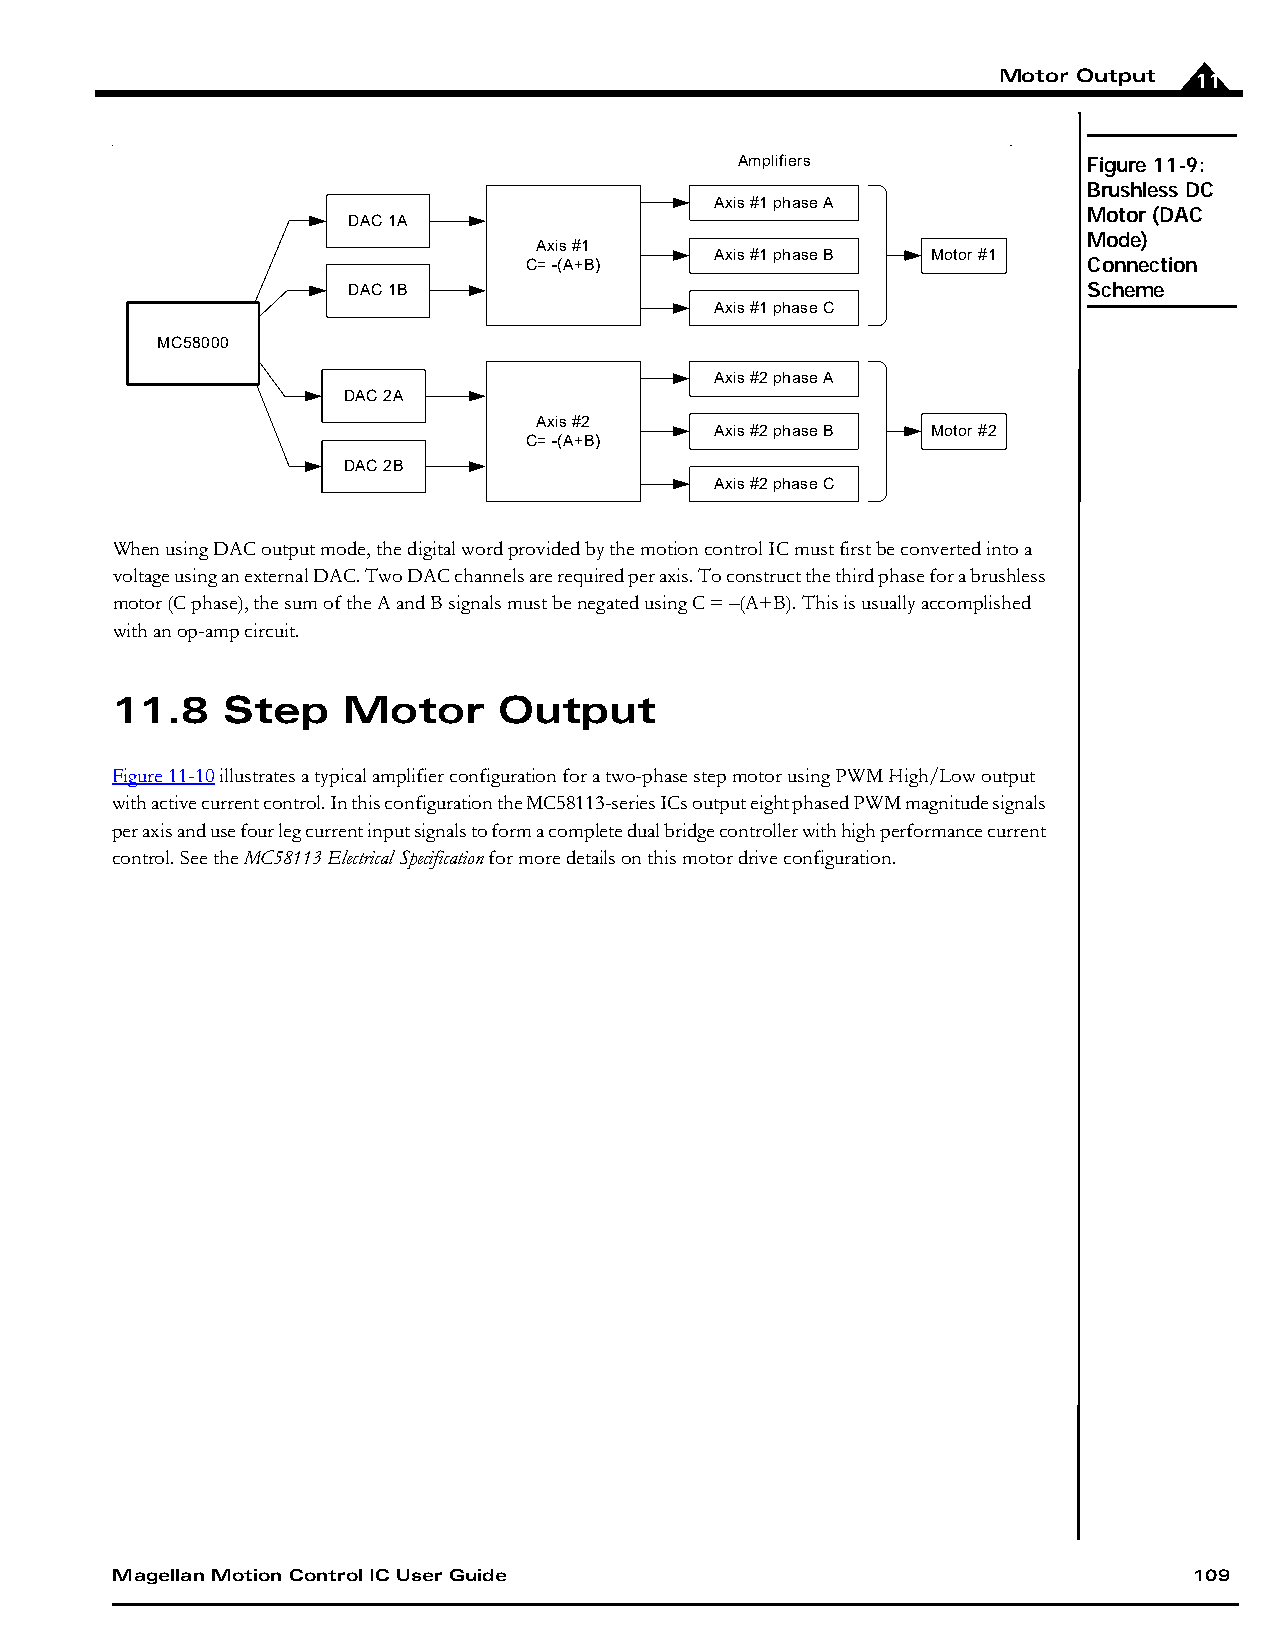
Motor Output 11
 Amplifiers             Figure 11-9:
 Brushless DC
 Axis #1 phase A
 Motor (DAC
 DAC 1A
 Mode)
 Axis #1
 Axis #1 phase B Motor #1
 C= -(A+B)                            Connection
 DAC 1B                                           Scheme
 Axis #1 phase C
 MC58000
 Axis #2 phase A
 DAC 2A
 Axis #2
 Axis #2 phase B Motor #2
 C= -(A+B)
 DAC 2B
 Axis #2 phase C
 When using DAC output mode, the digital word provided by the motion control IC must first be converted into a
 voltage using an external DAC. Two DAC channels are required per axis. To construct the third phase for a brushless
 motor (C phase), the sum of the A and B signals must be negated using C = –(A+B). This is usually accomplished
 with an op-amp circuit.
 11.8    Step    Motor     Output
 Figure11-10 illustrates a typical amplifier configuration for a two-phase step motor using PWM High/Low output
 with active current control. In this configuration the MC58113-series ICs output eight phased PWM magnitude signals
 per axis and use four leg current input signals to form a complete dual bridge controller with high performance current
 control. See the MC58113 Electrical Specification for more details on this motor drive configuration.
 Magellan Motion Control IC User Guide                                   109